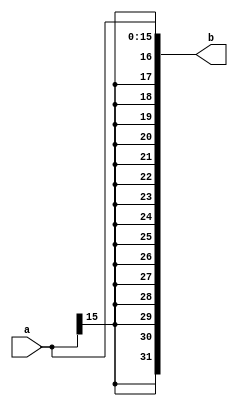
`timescale 1ns / 1ps
//////////////////////////////////////////////////////////////////////////////////
// Company: 
// Engineer: 
// 
// Design Name: 
// Module Name: extend16
// Project Name: 
// Target Devices: 
// Tool Versions: 
// Description: 
// 
// Dependencies: 
// 
// Revision:
// Revision 0.01 - File Created
// Additional Comments:
// 
//////////////////////////////////////////////////////////////////////////////////

//1632

module extend16(
    input [15:0] a,
    output [31:0] b
    );
    assign b = {{16{a[15]}},a};
endmodule
/*
module extend16(
    input [15:0] a,
    input sext,             //1
    output [31:0] b
    );
    assign b = sext ? {{(16){a[15]}},a} : {{(16){1'b0}},a};
endmodule
*/